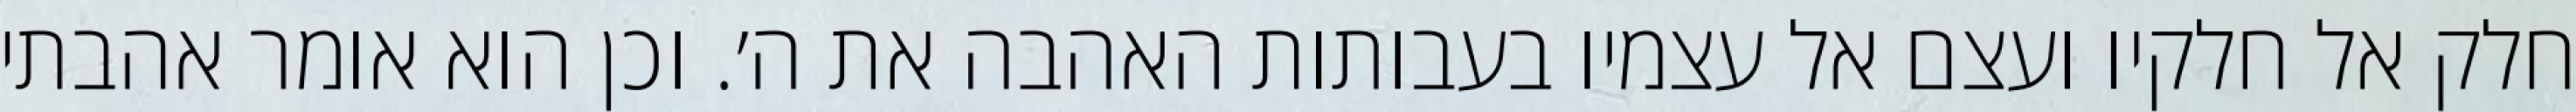
חלק אל חלקיו ועצם אל עצמיו בעבותות האהבה את ה׳. וכן הוא אומר אהבתי